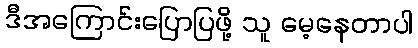
ဒီအကြောင်းပြောပြဖို့ သူ မေ့နေတာပါ